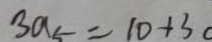
3 a _ { 5 } = 1 0 + 3 0